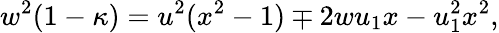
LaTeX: w^{2}(1-\kappa)=u^{2}(x^{2}-1)\mp 2wu_{1}x-u_{1}^{2}x^{2},